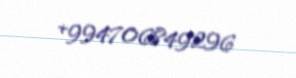
+994706849296